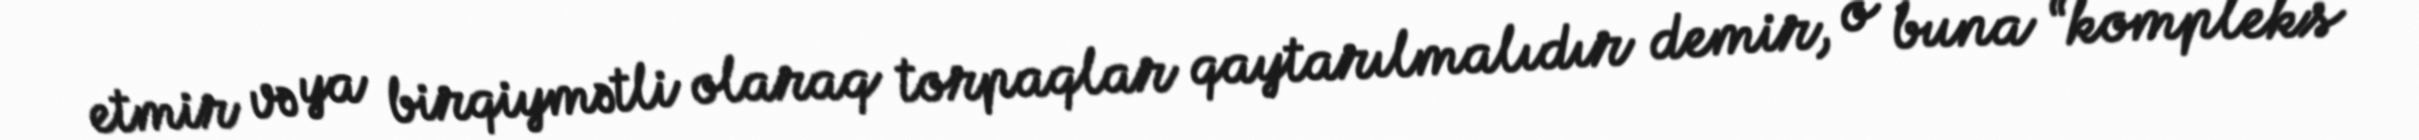
etmir və ya birqiymətli olaraq torpaqlar qaytarılmalıdır demir, o buna “kompleks